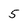
Character: 5